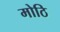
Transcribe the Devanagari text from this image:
मोठि